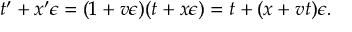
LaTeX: t ^ { \prime } + x ^ { \prime } \epsilon = ( 1 + v \epsilon ) ( t + x \epsilon ) = t + ( x + v t ) \epsilon .